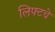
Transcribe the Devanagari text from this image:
लिफ्टचे